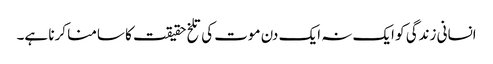
انسانی زندگی کو ایک نہ ایک دن موت کی تلخ حقیقت کا سامنا کرنا ہے۔